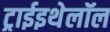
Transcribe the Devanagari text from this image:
ट्राईइथेलॉल